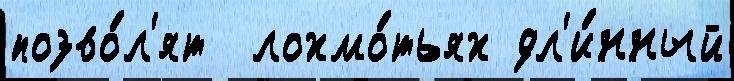
позво́л'ят  лохмо́тьях дл'и́нный